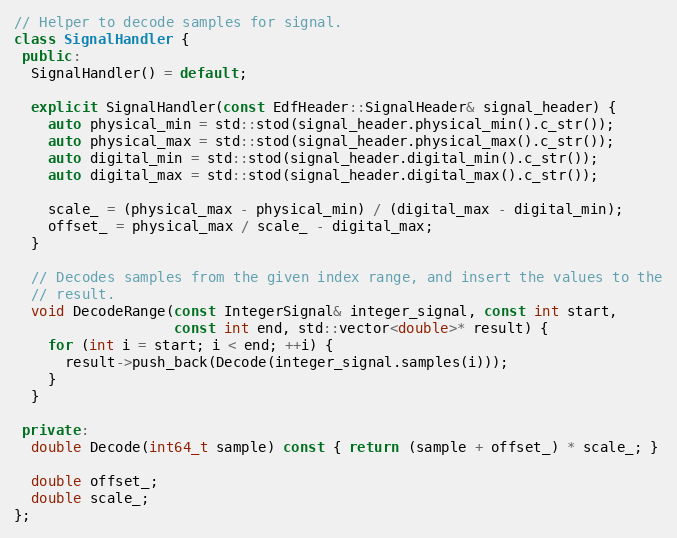
Language: C++
// Helper to decode samples for signal.
class SignalHandler {
 public:
  SignalHandler() = default;

  explicit SignalHandler(const EdfHeader::SignalHeader& signal_header) {
    auto physical_min = std::stod(signal_header.physical_min().c_str());
    auto physical_max = std::stod(signal_header.physical_max().c_str());
    auto digital_min = std::stod(signal_header.digital_min().c_str());
    auto digital_max = std::stod(signal_header.digital_max().c_str());

    scale_ = (physical_max - physical_min) / (digital_max - digital_min);
    offset_ = physical_max / scale_ - digital_max;
  }

  // Decodes samples from the given index range, and insert the values to the
  // result.
  void DecodeRange(const IntegerSignal& integer_signal, const int start,
                   const int end, std::vector<double>* result) {
    for (int i = start; i < end; ++i) {
      result->push_back(Decode(integer_signal.samples(i)));
    }
  }

 private:
  double Decode(int64_t sample) const { return (sample + offset_) * scale_; }

  double offset_;
  double scale_;
};